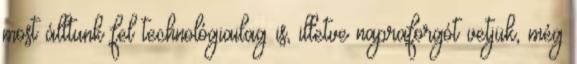
most álltunk fel technológiailag is, illetve napraforgót vetjük, még